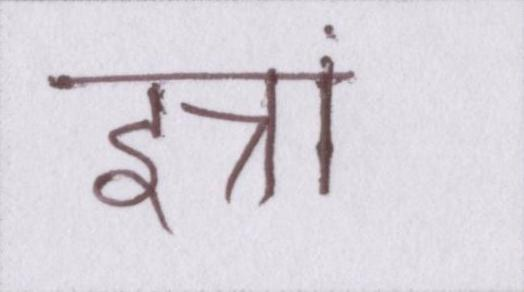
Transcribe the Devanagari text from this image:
इन्नां